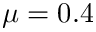
\mu = 0 . 4